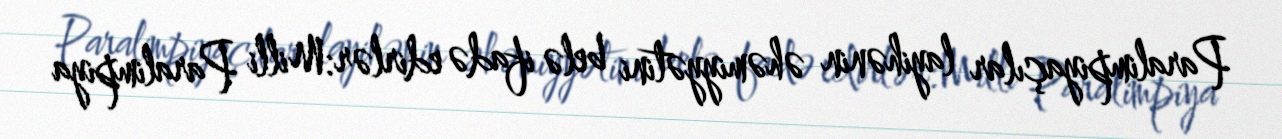
Paralimpiyaçılar layihənin əhəmiyyətini belə ifadə edirlər:Milli Paralimpiya